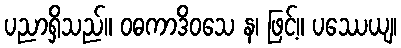
ပညာရှိသည်။ ဝဓကာဒိဝသေ န၊ ဖြင့်။ ပဿေယျ၊